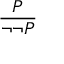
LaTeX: \frac { P } { \neg \neg P }